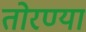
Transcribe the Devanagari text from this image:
तोरण्या